Report of the Municipal Commissioner on the plague in Bombay for the year ending 31st May... - Volume 2
Disease focus: Plague
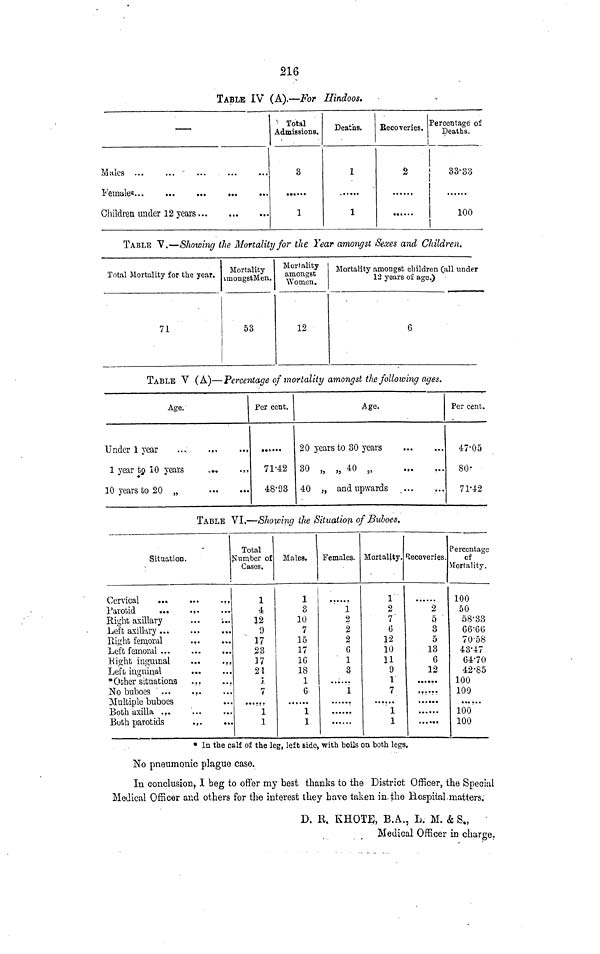
216
TABLE IV (A).—For Hindoos.
—
Males
-
Females
Children under 1 2 years
" Total
Admissions.
3
1
Deaths.
1
1
Becoveries.
2
••••••
Percentage of
Deaths.
33-83
100
TABLE V.—Showing the Mortality for the Year amongst Sexes and Children.
Total Mortality for the year.
71
Mortality
imongstMen.
53
Mortality
amongst
Women.
12
Mortality amongst children (all under
13 years of age.)
6
TABLE V (A)—Percentage of mortality amongst the following ages.
Age.
Under 1 year
...
.,.
..,
1 year to 10 years
...
...
10 years to 20 „
Per cent.
71'42
48-93
Age.
20 years to 30 years
30 „ „ 40 „
40 „ and upwards
Per cent.
47-05
so-
71-42
TABLE VI.—Showing the Situation of Buboes.
Situation.
Cervical
Parotid
Ri°i"it axillary
. .
i..
Left axillary
Right femoral
, .
Left femoral . t .
. .
..
'Right inguinal
. .
..
Lefo inguinal
* Other situations .,.
No buboes ' ...
...
Multiple buboes
Both axilla ...
Both parotids
.,.
Total
lumber of
Cases.
1
4
12 •f *>
9
17
23
17
21
j.
7
1
1
Males.
1
3
10
7
15
17
1C
18
1
G
1
1
Females.
1
2
2
2
G
1
3
1
Mortality.
1
2
7"
G
12
10
11
9
r
7
1
1
Recoveries.
2
5
3
5
13
6
12
......
,,....
......
Percentage
of
Mortality.
100
50
58'33
G6-GG
70'58
43-47
64-70
42-85
100
100
100
100
* In the calf of the leg, left side, with boils on both legs.
No pneumonic plague case.
In conclusion, I beg to offer my best thanks to the District Officer, the Special
Medical Officer and others for the interest they have taken in. the Hospital.matters.
D. R. KHOTE, B.A., L. M. & S.,
Medical Officer in charge.